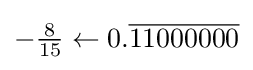
-{\tfrac {8}{15}}\gets 0.{\overline {11000000}}